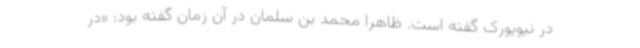
در نیویورک گفته است. ظاهرا محمد بن سلمان در آن زمان گفته بود: «در